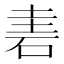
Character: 𥒐